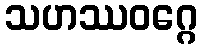
သဟဿဝဂ္ဂေ